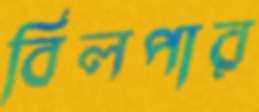
বিলপার